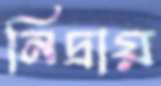
নিদ্রায়